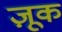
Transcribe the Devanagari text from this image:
ज़ूक